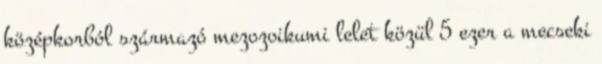
középkorból származó mezozoikumi lelet közül 5 ezer a mecseki